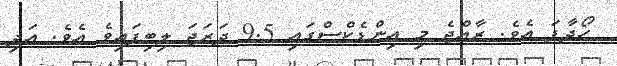
ހޯދާފަ އެވެ. ރާއްޖެ މި އިންޑެކްސްގައި 9.5 ދަރަޖަ ލިބިފައިވެ އެވެ. އަދި